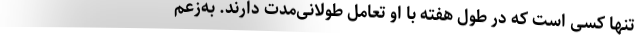
تنها کسی است که در طول هفته با او تعامل طولانی‌مدت دارند. به‌زعم